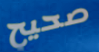
صحيح